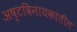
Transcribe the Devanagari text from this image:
अष्टविनायकांतील